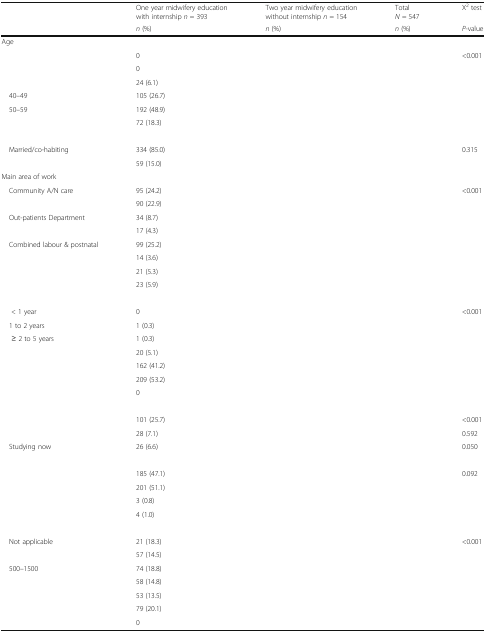
<table><thead><tr><td>[EMPTY_CELL]</td><td><b>One year midwifery education with internship <i>n</i> = 393</b></td><td><b>Two year midwifery education without internship <i>n</i> = 154</b></td><td><b>Total<i>N</i> = 547</b></td><td><b>X<sup>2</sup> test</b></td></tr><tr><td>[EMPTY_CELL]</td><td><b><i>n</i> (%)</b></td><td><b><i>n</i> (%)</b></td><td><b><i>n</i> (%)</b></td><td><b><i>P</i>-value</b></td></tr></thead><tbody><tr><td colspan="5">Age</td></tr><tr><td>[EMPTY_CELL]</td><td>0</td><td>[EMPTY_CELL]</td><td>[EMPTY_CELL]</td><td>&lt;0.001</td></tr><tr><td>[EMPTY_CELL]</td><td>0</td><td>[EMPTY_CELL]</td><td>[EMPTY_CELL]</td><td>[EMPTY_CELL]</td></tr><tr><td>[EMPTY_CELL]</td><td>24 (6.1)</td><td>[EMPTY_CELL]</td><td>[EMPTY_CELL]</td><td>[EMPTY_CELL]</td></tr><tr><td> 40–49</td><td>105 (26.7)</td><td>[EMPTY_CELL]</td><td>[EMPTY_CELL]</td><td>[EMPTY_CELL]</td></tr><tr><td> 50–59</td><td>192 (48.9)</td><td>[EMPTY_CELL]</td><td>[EMPTY_CELL]</td><td>[EMPTY_CELL]</td></tr><tr><td>[EMPTY_CELL]</td><td>72 (18.3)</td><td>[EMPTY_CELL]</td><td>[EMPTY_CELL]</td><td>[EMPTY_CELL]</td></tr><tr><td colspan="5">[EMPTY_CELL]</td></tr><tr><td> Married/co-habiting</td><td>334 (85.0)</td><td>[EMPTY_CELL]</td><td>[EMPTY_CELL]</td><td>0.315</td></tr><tr><td>[EMPTY_CELL]</td><td>59 (15.0)</td><td>[EMPTY_CELL]</td><td>[EMPTY_CELL]</td><td>[EMPTY_CELL]</td></tr><tr><td colspan="5">Main area of work</td></tr><tr><td> Community A/N care</td><td>95 (24.2)</td><td>[EMPTY_CELL]</td><td>[EMPTY_CELL]</td><td>&lt;0.001</td></tr><tr><td>[EMPTY_CELL]</td><td>90 (22.9)</td><td>[EMPTY_CELL]</td><td>[EMPTY_CELL]</td><td>[EMPTY_CELL]</td></tr><tr><td> Out-patients Department</td><td>34 (8.7)</td><td>[EMPTY_CELL]</td><td>[EMPTY_CELL]</td><td>[EMPTY_CELL]</td></tr><tr><td>[EMPTY_CELL]</td><td>17 (4.3)</td><td>[EMPTY_CELL]</td><td>[EMPTY_CELL]</td><td>[EMPTY_CELL]</td></tr><tr><td> Combined labour &amp; postnatal</td><td>99 (25.2)</td><td>[EMPTY_CELL]</td><td>[EMPTY_CELL]</td><td>[EMPTY_CELL]</td></tr><tr><td>[EMPTY_CELL]</td><td>14 (3.6)</td><td>[EMPTY_CELL]</td><td>[EMPTY_CELL]</td><td>[EMPTY_CELL]</td></tr><tr><td>[EMPTY_CELL]</td><td>21 (5.3)</td><td>[EMPTY_CELL]</td><td>[EMPTY_CELL]</td><td>[EMPTY_CELL]</td></tr><tr><td>[EMPTY_CELL]</td><td>23 (5.9)</td><td>[EMPTY_CELL]</td><td>[EMPTY_CELL]</td><td>[EMPTY_CELL]</td></tr><tr><td colspan="5">[EMPTY_CELL]</td></tr><tr><td>&lt; 1 year</td><td>0</td><td>[EMPTY_CELL]</td><td>[EMPTY_CELL]</td><td>&lt;0.001</td></tr><tr><td> 1 to 2 years</td><td>1 (0.3)</td><td>[EMPTY_CELL]</td><td>[EMPTY_CELL]</td><td>[EMPTY_CELL]</td></tr><tr><td>≥ 2 to 5 years</td><td>1 (0.3)</td><td>[EMPTY_CELL]</td><td>[EMPTY_CELL]</td><td>[EMPTY_CELL]</td></tr><tr><td>[EMPTY_CELL]</td><td>20 (5.1)</td><td>[EMPTY_CELL]</td><td>[EMPTY_CELL]</td><td>[EMPTY_CELL]</td></tr><tr><td>[EMPTY_CELL]</td><td>162 (41.2)</td><td>[EMPTY_CELL]</td><td>[EMPTY_CELL]</td><td>[EMPTY_CELL]</td></tr><tr><td>[EMPTY_CELL]</td><td>209 (53.2)</td><td>[EMPTY_CELL]</td><td>[EMPTY_CELL]</td><td>[EMPTY_CELL]</td></tr><tr><td>[EMPTY_CELL]</td><td>0</td><td>[EMPTY_CELL]</td><td>[EMPTY_CELL]</td><td>[EMPTY_CELL]</td></tr><tr><td colspan="5">[EMPTY_CELL]</td></tr><tr><td>[EMPTY_CELL]</td><td>101 (25.7)</td><td>[EMPTY_CELL]</td><td>[EMPTY_CELL]</td><td>&lt;0.001</td></tr><tr><td>[EMPTY_CELL]</td><td>28 (7.1)</td><td>[EMPTY_CELL]</td><td>[EMPTY_CELL]</td><td>0.592</td></tr><tr><td> Studying now</td><td>26 (6.6)</td><td>[EMPTY_CELL]</td><td>[EMPTY_CELL]</td><td>0.050</td></tr><tr><td colspan="5">[EMPTY_CELL]</td></tr><tr><td>[EMPTY_CELL]</td><td>185 (47.1)</td><td>[EMPTY_CELL]</td><td>[EMPTY_CELL]</td><td>0.092</td></tr><tr><td>[EMPTY_CELL]</td><td>201 (51.1)</td><td>[EMPTY_CELL]</td><td>[EMPTY_CELL]</td><td>[EMPTY_CELL]</td></tr><tr><td>[EMPTY_CELL]</td><td>3 (0.8)</td><td>[EMPTY_CELL]</td><td>[EMPTY_CELL]</td><td>[EMPTY_CELL]</td></tr><tr><td>[EMPTY_CELL]</td><td>4 (1.0)</td><td>[EMPTY_CELL]</td><td>[EMPTY_CELL]</td><td>[EMPTY_CELL]</td></tr><tr><td colspan="5">[EMPTY_CELL]</td></tr><tr><td> Not applicable</td><td>21 (18.3)</td><td>[EMPTY_CELL]</td><td>[EMPTY_CELL]</td><td>&lt;0.001</td></tr><tr><td>[EMPTY_CELL]</td><td>57 (14.5)</td><td>[EMPTY_CELL]</td><td>[EMPTY_CELL]</td><td>[EMPTY_CELL]</td></tr><tr><td> 500–1500</td><td>74 (18.8)</td><td>[EMPTY_CELL]</td><td>[EMPTY_CELL]</td><td>[EMPTY_CELL]</td></tr><tr><td>[EMPTY_CELL]</td><td>58 (14.8)</td><td>[EMPTY_CELL]</td><td>[EMPTY_CELL]</td><td>[EMPTY_CELL]</td></tr><tr><td>[EMPTY_CELL]</td><td>53 (13.5)</td><td>[EMPTY_CELL]</td><td>[EMPTY_CELL]</td><td>[EMPTY_CELL]</td></tr><tr><td>[EMPTY_CELL]</td><td>79 (20.1)</td><td>[EMPTY_CELL]</td><td>[EMPTY_CELL]</td><td>[EMPTY_CELL]</td></tr><tr><td>[EMPTY_CELL]</td><td>0</td><td>[EMPTY_CELL]</td><td>[EMPTY_CELL]</td><td>[EMPTY_CELL]</td></tr></tbody></table>